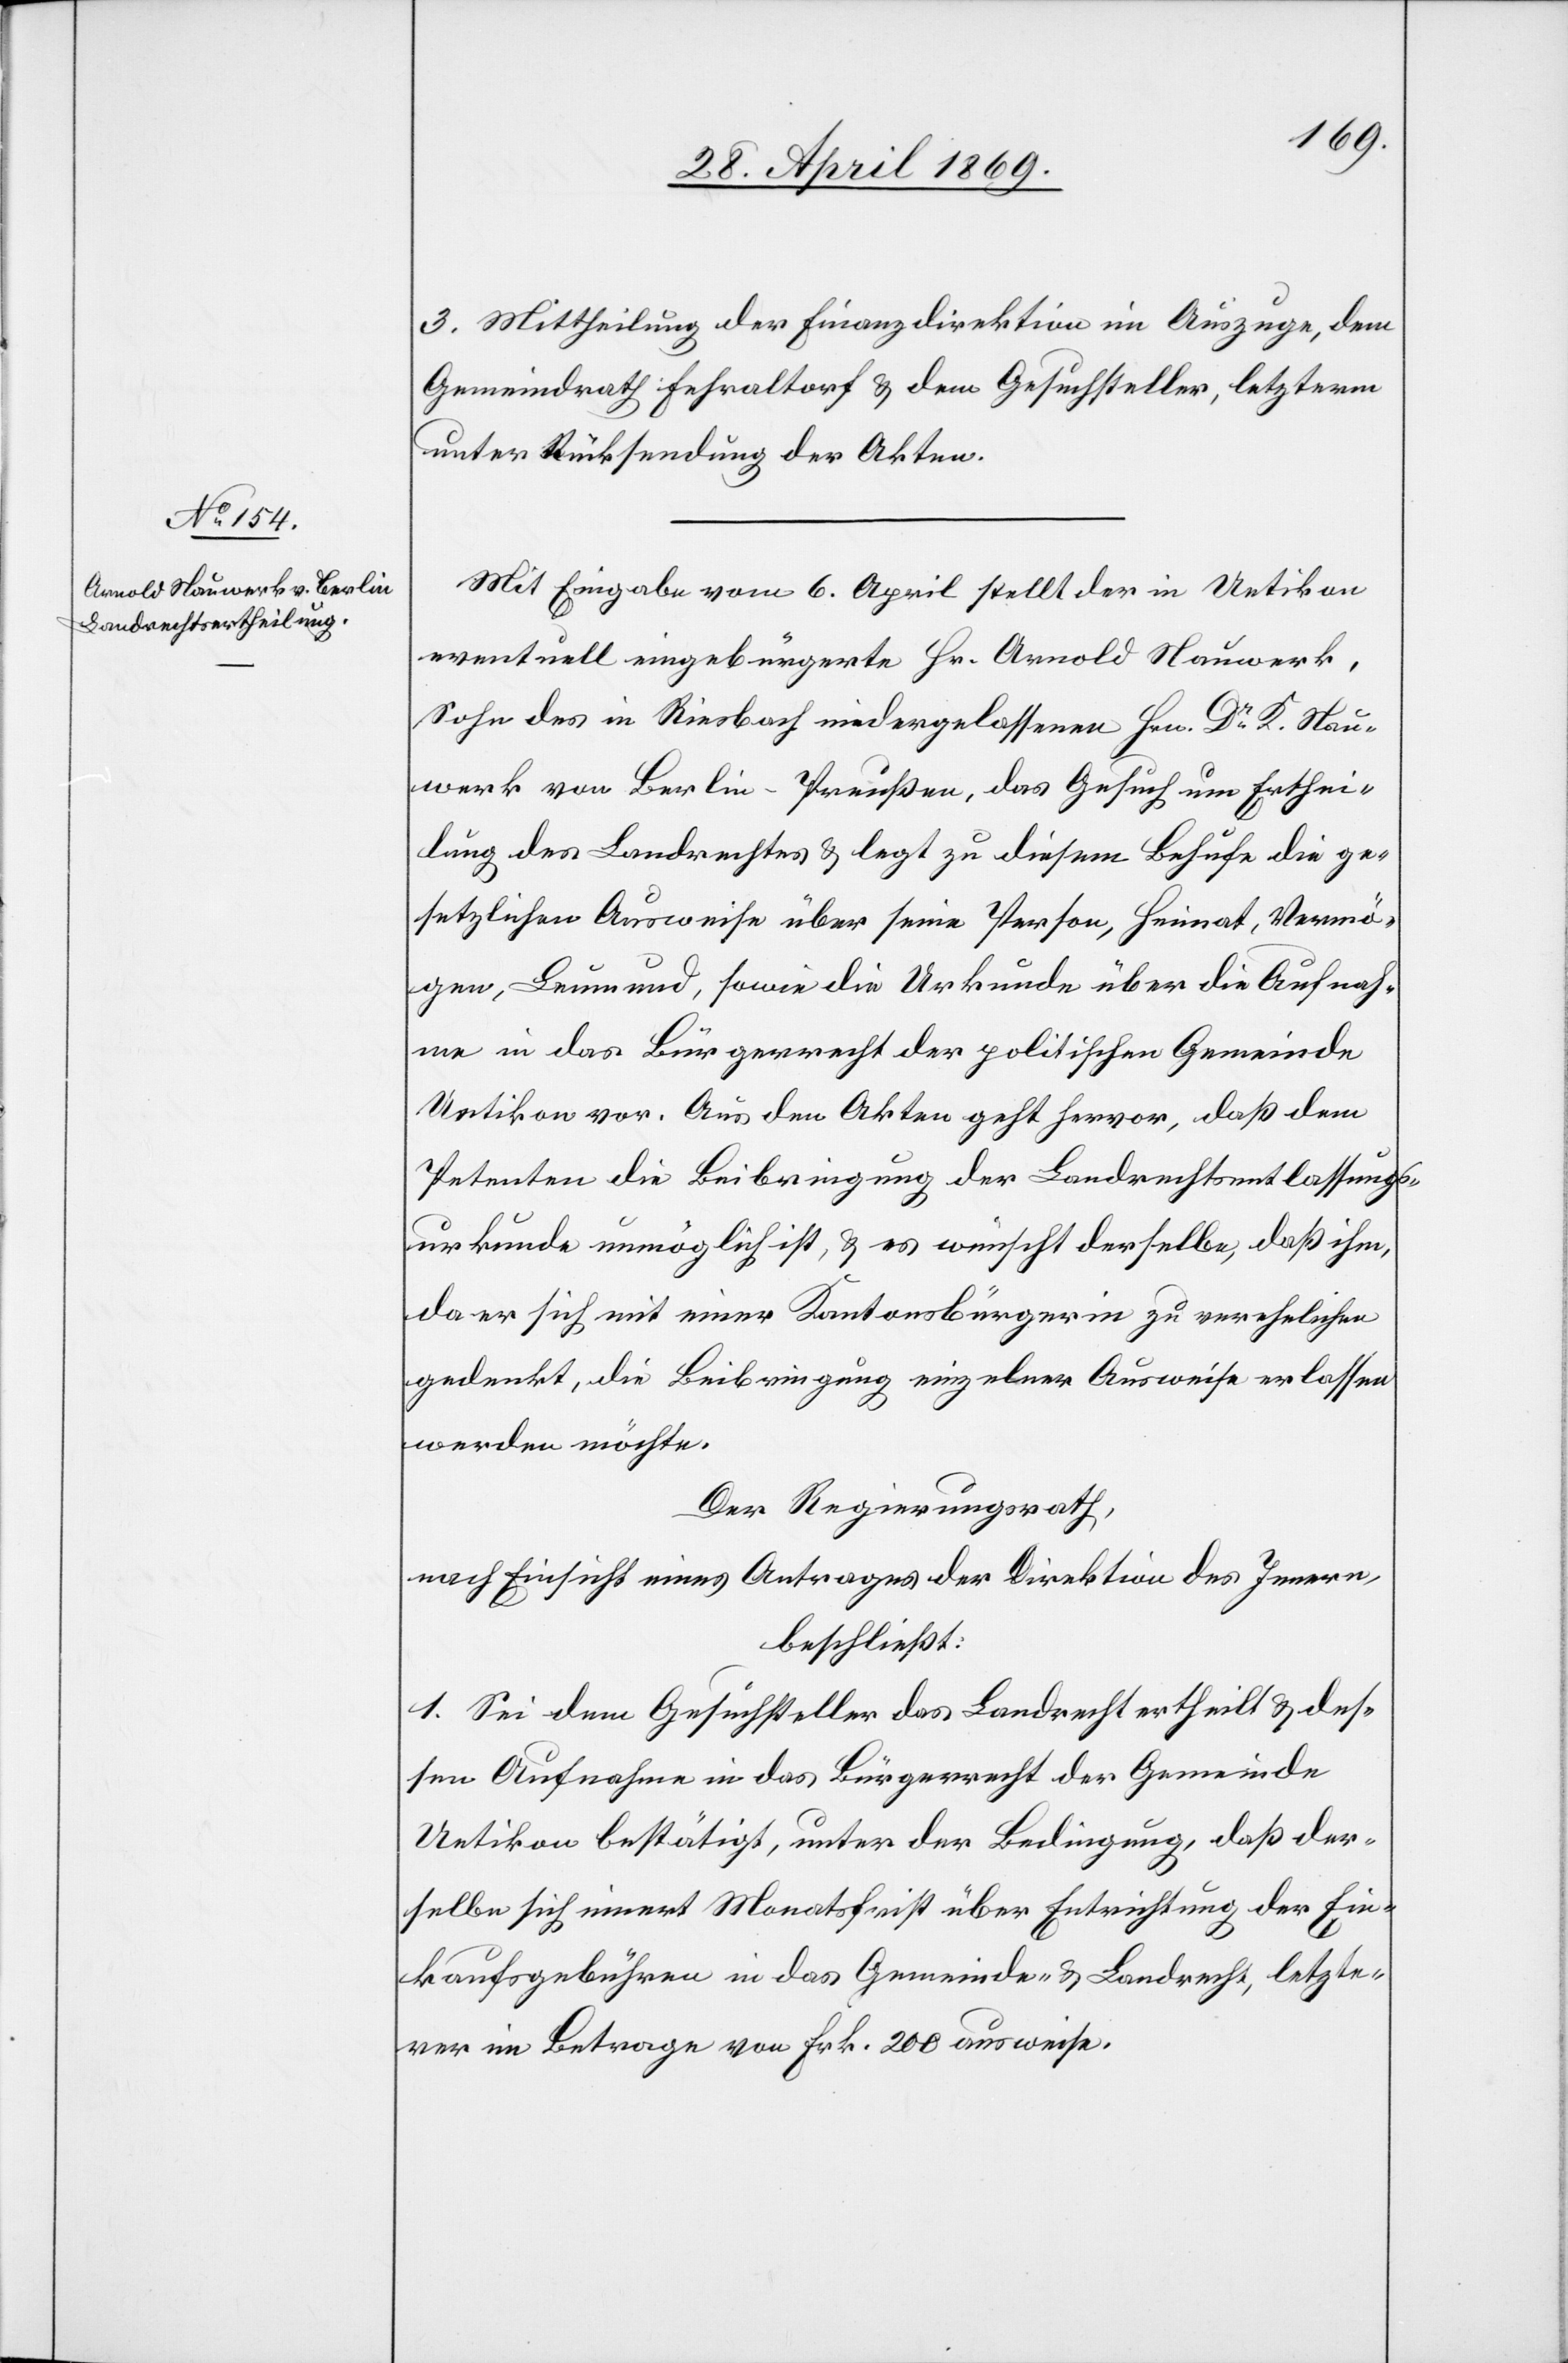
3. Mittheilung der Finanzdirektion im Auszuge, dem
Gemeindrath Fehraltorf u. dem Gesuchsteller, letzterm
unter Rücksendung der Akten.
Mit Eingabe vom 6. April stellt der in Uetikon
eventuell eingebürgerte Hr. Arnold Nauwerk,
Sohn des in Riesbach niedergelassenen Hrn Dr K. Nau¬
werk von Berlin - Preußen, das Gesuch um Erthei¬
lung des Landrechtes u. legt zu diesem Behufe die ge¬
setzlichen Ausweise über seine Person, Heimat, Vermö¬
gen, Leumund, sowie die Urkunde über die Aufnah¬
me in das Bürgerrecht der politischen Gemeinde
Uetikon vor. Aus den Akten geht hervor, daß dem
Petenten die Beibringung der Landrechtsentlassungs¬
urkunde unmöglich ist, u. es wünscht derselbe, daß ihm,
da er sich mit einer Kantonsbürgerin zu verehelichen
gedenkt, die Beibringung einzelner Ausweise erlassen
werden möchte.
Der Regierungsrath,
nach Einsicht eines Antrages der Direktion des Innern,
beschließt:
1. Sei dem Gesuchsteller das Landrecht ertheilt u. des¬
sen Aufnahme in das Bürgerrecht der Gemeinde
Uetikon bestätigt, unter der Bedingung, daß der¬
selbe sich innert Monatsfrist über Entrichtung der Ein¬
kaufsgebühren in das Gemeinde- u. Landrecht, letzte¬
rer im Betrage von Frk. 200 ausweise.